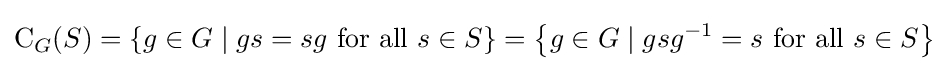
\mathrm {C} _{G}(S)=\left\{g\in G\mid gs=sg{\text{ for all }}s\in S\right\}=\left\{g\in G\mid gsg^{-1}=s{\text{ for all }}s\in S\right\}